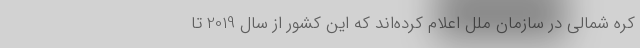
کره شمالی در سازمان ملل اعلام کرده‌اند که این کشور از سال 2019 تا